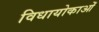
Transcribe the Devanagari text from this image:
विधायोकाओं